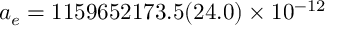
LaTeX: a _ { e } = 1 1 5 9 6 5 2 1 7 3 . 5 ( 2 4 . 0 ) \times 1 0 ^ { - 1 2 }